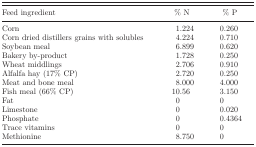
<table><thead><tr><td><b>Feed ingredient</b></td><td><b>% N</b></td><td><b>% P</b></td></tr></thead><tbody><tr><td>Corn</td><td>1.224</td><td>0.260</td></tr><tr><td>Corn dried distillers grains with solubles</td><td>4.224</td><td>0.710</td></tr><tr><td>Soybean meal</td><td>6.899</td><td>0.620</td></tr><tr><td>Bakery by-product</td><td>1.728</td><td>0.250</td></tr><tr><td>Wheat middlings</td><td>2.706</td><td>0.910</td></tr><tr><td>Alfalfa hay (17% CP)</td><td>2.720</td><td>0.250</td></tr><tr><td>Meat and bone meal</td><td>8.000</td><td>4.000</td></tr><tr><td>Fish meal (66% CP)</td><td>10.56</td><td>3.150</td></tr><tr><td>Fat</td><td>0</td><td>0</td></tr><tr><td>Limestone</td><td>0</td><td>0.020</td></tr><tr><td>Phosphate</td><td>0</td><td>0.4364</td></tr><tr><td>Trace vitamins</td><td>0</td><td>0</td></tr><tr><td>Methionine</td><td>8.750</td><td>0</td></tr></tbody></table>